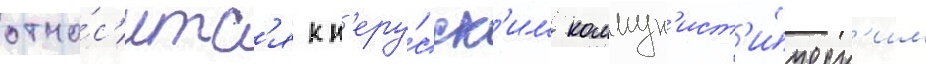
отно́с'итс'я к н'еру́сск'им коммун'ист'и́ческ'им